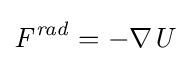
\mathbf {\mathit {F^{rad}}} =-\nabla {\mathit {U}}